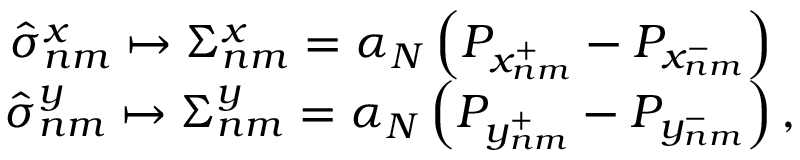
\begin{array} { r } { \phantom { \frac { 1 } { 2 } } \hat { \sigma } _ { n m } ^ { x } \mapsto \Sigma _ { n m } ^ { x } = \alpha _ { N } \left( P _ { x _ { n m } ^ { + } } - P _ { x _ { n m } ^ { - } } \right) \phantom { , } } \\ { \phantom { \frac { 1 } { 2 } } \hat { \sigma } _ { n m } ^ { y } \mapsto \Sigma _ { n m } ^ { y } = \alpha _ { N } \left( P _ { y _ { n m } ^ { + } } - P _ { y _ { n m } ^ { - } } \right) , } \end{array}